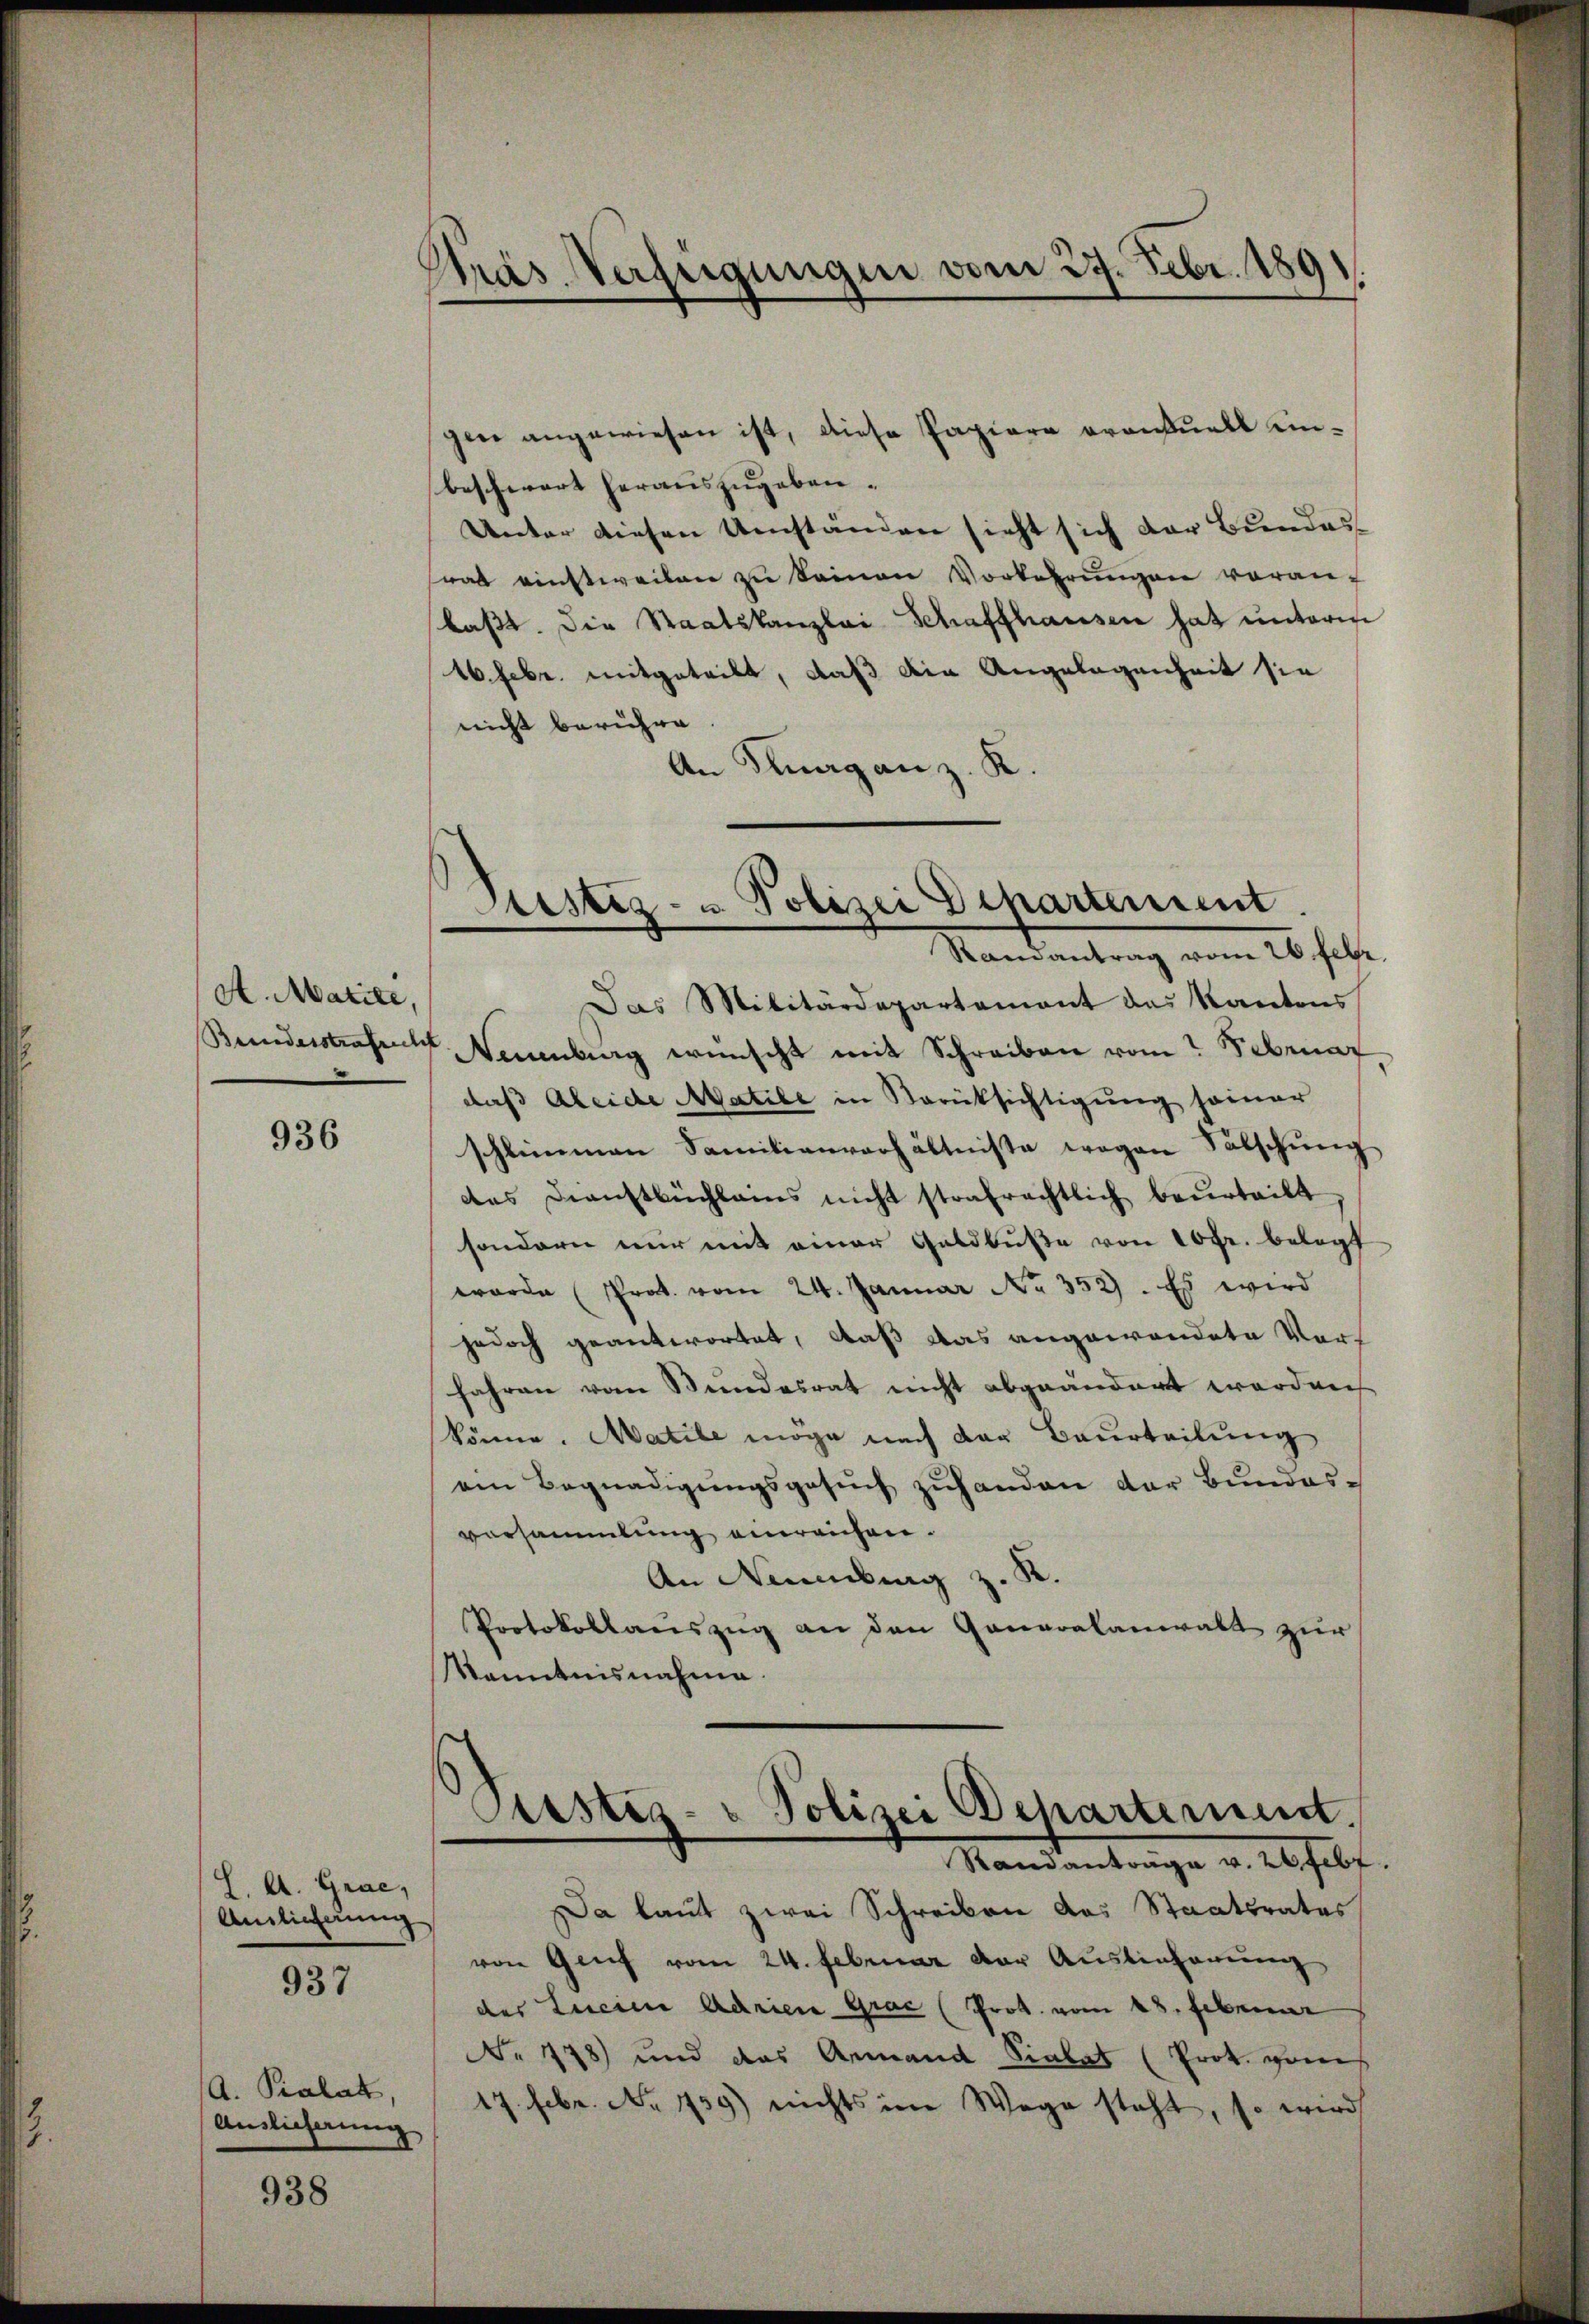
A. Matile,
Bundesstrafrecht

936

L. A. Grac,
Andlicherung

937

A. Pialat,
Auslieferung

938

Präs. Verfügungen vom 27. Febr. 1891.

Justiz- u Polizei Departement.
Randantrag vom 26. Febr.
Das Militärdepartement das Kantons

gen angewiesen ist, diese Papiere orantuell einbeschwert herauszugeben¬
Unter diesen Umstanden sieht sich der Bundes-
rat einstweilen zŭ keinen Vorkehrŭngen voran-
bast. Die Staatskanzlei Schaffhausen hat unterm
16. Febr. mitgeteilt, daß die Angelegenheit sie
nicht berühre
An Knaganz. K.
Neuenburg wünscht mit Schreiben vom Februar
daß Aleide Matile in Berücksichtigung seiner
schlimmen Familienverhältnisse wegen Sälschung
des Dienstbüchlams nicht strafrechtlich beurteilt
sondern nur mit einer Geldbuße von 10fr. belegt
worde (Prot. vom 24. Januar Nr. 352. Es wird
jedoch geantwortet, daß das angewendete Vorfahren vom Stundesrat nicht abgeändert worden
könne. Matile möge nach der Beurteilung
ain Begnadigŭngsgesŭch zŭhanden der Bundes-
vorsammlung einreichen.
An Neuenburg z. K.
Protokollauszug an den Generalanwalt zur
Kanntnisnahme.

Purstes- u Polizei Departement.
e
Randantrage v. 26 febr.

Da laut zwei Schreiben das Staatsrates
von Genf vom 24. Februar der Auslieferung
des Lucine Adrien Grač (Prot. vom 28. Februar
No. 178) und das Armand Sialat (Prok. genes
17. Febr. No. 1739) nichts im Wege steht, so wird